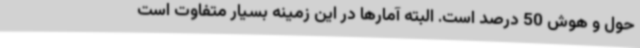
حول و هوش 50 درصد است. البته آمارها در این زمینه بسیار متفاوت است